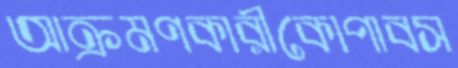
আক্রমণকারীকোপাবস